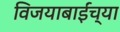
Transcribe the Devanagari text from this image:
विजयाबाईंच्या